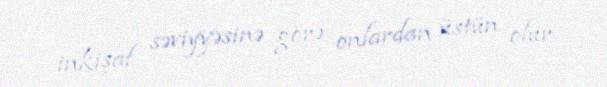
inkişaf səviyyəsinə görə onlardan üstün olur.